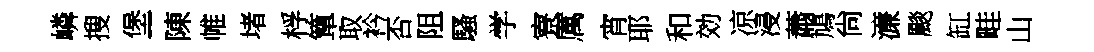
嶙搜堡陳帷堵桴簞取衿否阻騷学寮厲宵耶和効凉浸蕭鳩尙濓颷缸畦山